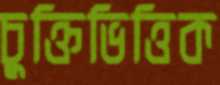
চুক্তিভিত্তিক